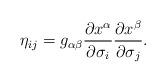
LaTeX: \begin{align*}\eta_{ij}=g_{\alpha\beta}\frac{\partial x^{\alpha}}{\partial \sigma_i}\frac{\partial x^{\beta}}{\partial \sigma_j}.\end{align*}